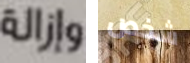
وإزالة شخص